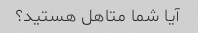
آیا شما متاهل هستید؟